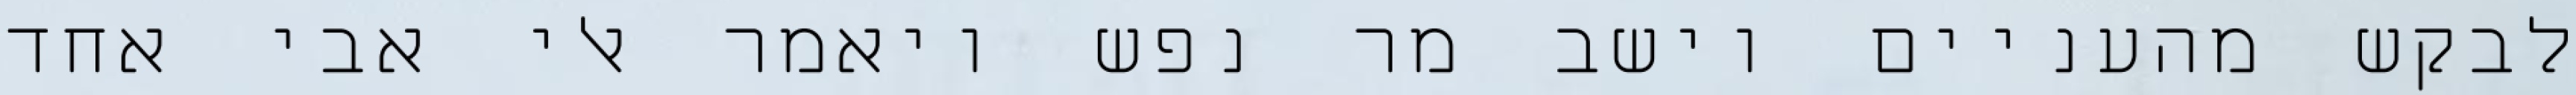
לבקש מהעניים וישב מר נפש ויאמר אלי אבי אחד